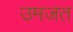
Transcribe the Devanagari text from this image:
उमजत